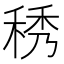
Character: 䅎